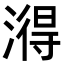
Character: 𬈫